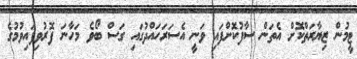
ޓީމުން ޒިޔާރަތްކޮށް އެތަން ސާފުކޮށްފައި ވަނީ އެސަރަހައްދުގައި ގަސް ބޯވެ މަހާނަ ފޮރުވިފައިވުމުގެ